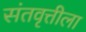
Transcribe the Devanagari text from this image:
संतवृत्तीला